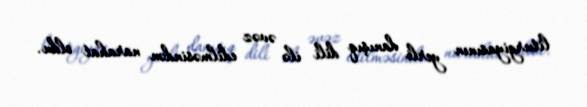
liturgiyasının yerli danışıq dili ilə əvəz edilməsindən narahat oldu.